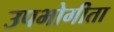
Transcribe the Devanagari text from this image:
उपभोगीता